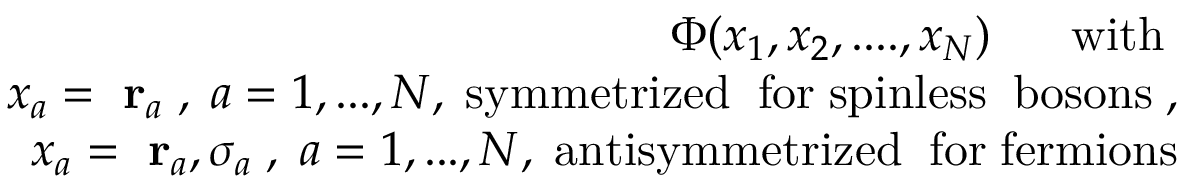
\begin{array} { r l r } & { } & { \Phi ( x _ { 1 } , x _ { 2 } , . . . . , x _ { N } ) \; \; \; \; \; \; \mathrm { w i t h } \; } \\ & { } & { x _ { a } = \mathrm { \bf ~ r } _ { a } \; , \; a = 1 , . . . , N , \; \mathrm { s y m m e t r i z e d \; \; f o r \; s p i n l e s s \; \; b o s o n s } \; , } \\ & { } & { x _ { a } = \mathrm { \bf ~ r } _ { a } , \sigma _ { a } \; , \; a = 1 , . . . , N , \; \mathrm { a n t i s y m m e t r i z e d \; \; f o r \; f e r m i o n s } } \end{array}